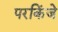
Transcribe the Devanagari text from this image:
परकिंजे